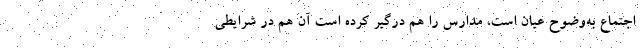
اجتماع به‌وضوح عیان است، مدارس را هم درگیر کرده است آن هم در شرایطی